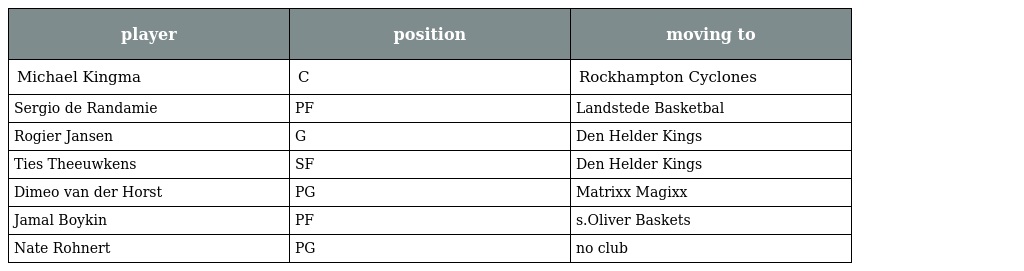
| player | position | moving to |
 | --- | --- | --- |
 | Michael Kingma | C | Rockhampton Cyclones |
 | Sergio de Randamie | PF | Landstede Basketbal |
 | Rogier Jansen | G | Den Helder Kings |
 | Ties Theeuwkens | SF | Den Helder Kings |
 | Dimeo van der Horst | PG | Matrixx Magixx |
 | Jamal Boykin | PF | s.Oliver Baskets |
 | Nate Rohnert | PG | no club |